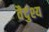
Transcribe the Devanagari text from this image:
वैदुश्य